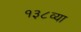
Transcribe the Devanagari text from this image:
१३८व्या